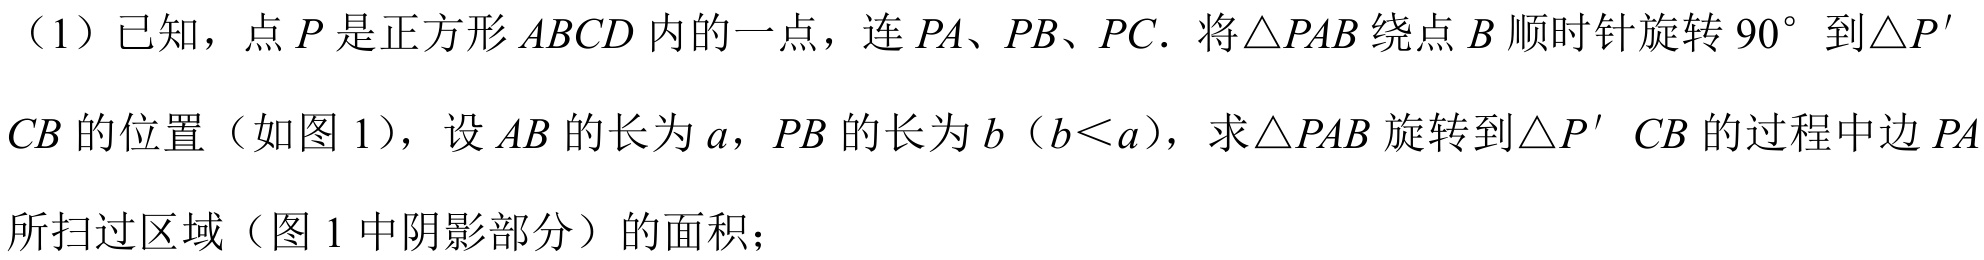
（1）已知，点 \(P\) 是正方形 \(ABCD\) 内的一点，连 \(PA\)、\(PB\)、\(PC\). 将\(\triangle PAB\) 绕点 \(B\) 顺时针旋转 \(90^{\circ}\) 到\(\triangle P'CB\) 的位置（如图 1），设 \(AB\) 的长为 \(a\)，\(PB\) 的长为 \(b\)（\(b < a\)），求\(\triangle PAB\) 旋转到\(\triangle P'CB\) 的过程中边 \(PA\)
所扫过区域（图 1 中阴影部分）的面积；